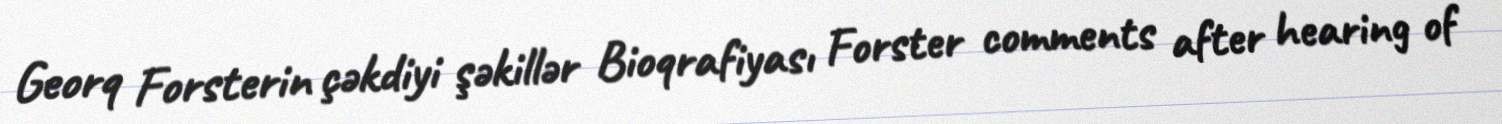
Georq Forsterin çəkdiyi şəkillər Bioqrafiyası Forster comments after hearing of